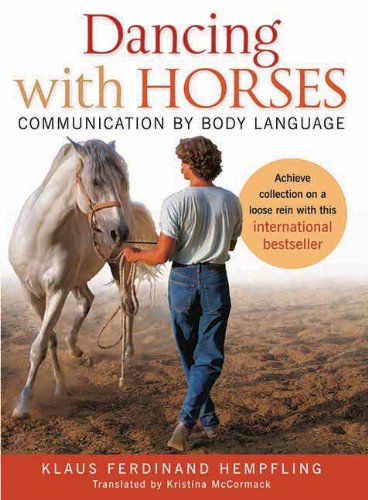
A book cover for Dancing with Horses: Communication with Body Language; Klaus  Ferdinand Hempfling; Crafts, Hobbies & Home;